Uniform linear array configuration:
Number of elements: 32
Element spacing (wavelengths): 0.75
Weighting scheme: kaiser
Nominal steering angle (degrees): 0
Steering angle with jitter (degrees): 0.1858
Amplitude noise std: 0.05
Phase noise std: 0.05

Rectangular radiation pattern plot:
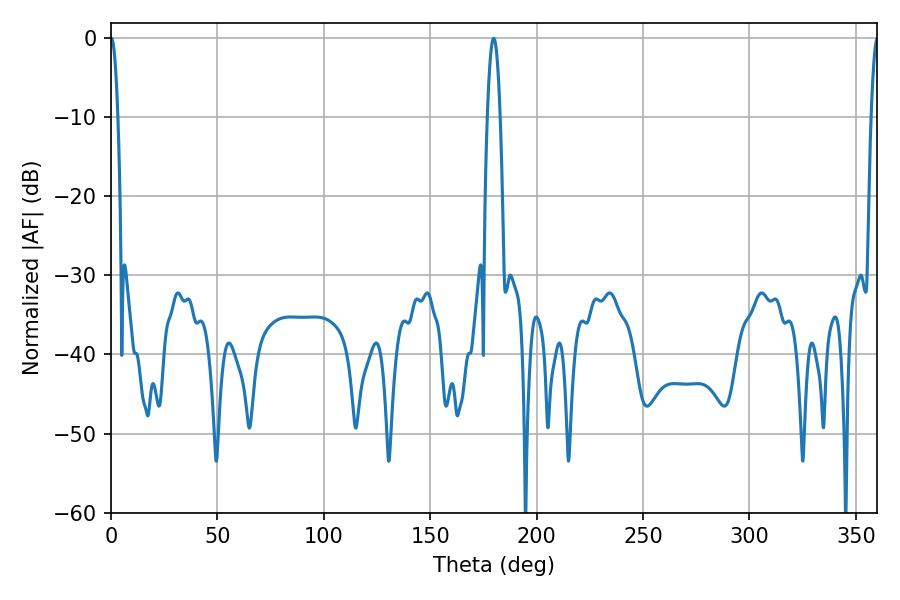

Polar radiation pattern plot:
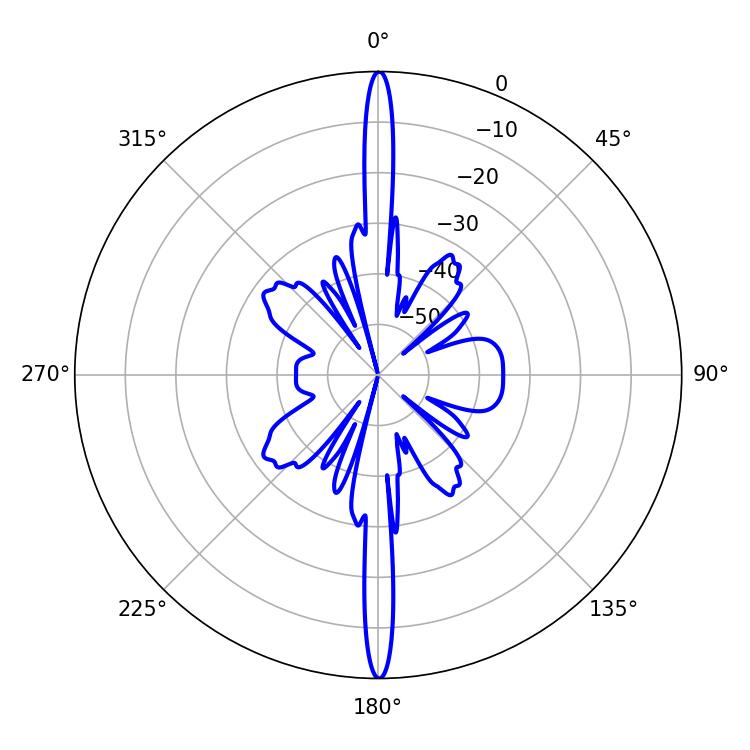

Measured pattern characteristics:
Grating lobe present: TRUE
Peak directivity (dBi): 36.819
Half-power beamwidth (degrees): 1.8
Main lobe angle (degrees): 0.18